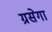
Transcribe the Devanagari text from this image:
ग्रसेगा